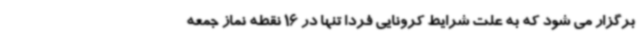
برگزار می شود که به علت شرایط کرونایی فردا تنها در 16 نقطه نماز جمعه